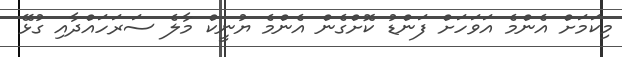
މިކަމަށް އެންމެ އަވަހަށް ފަންޑު ކޮށްގެން އެންމެ ޔުނީކް މާލެ ސަރަހައްދާއި ގުޅޭ